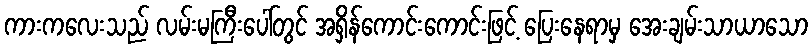
ကားကလေးသည် လမ်းမကြီးပေါ်တွင် အရှိန်ကောင်းကောင်းဖြင့် ပြေးနေရာမှ အေးချမ်းသာယာသော